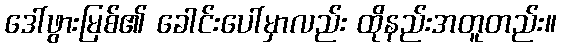
ဒေါ်ဖွားမြစ်၏ ခေါင်းပေါ်မှာလည်း ထိုနည်းအတူတည်း။